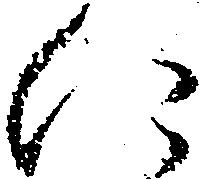
に